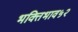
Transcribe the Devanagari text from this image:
भक्तिभाव५२